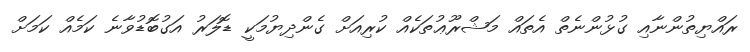
ރައްޔިތުންނާއި ގުޅުންނެތް އެތައް މަޝްރޫޢުތަކެއް ކުރިއަށް ގެންދިޔުމަކީ ޑޮލަރު އަގުބޮޑުވާނެ ކަމެއް ކަމަށް